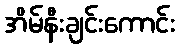
အိမ်နီးချင်းကောင်း